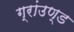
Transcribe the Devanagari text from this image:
ग्रांउण्ड